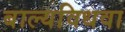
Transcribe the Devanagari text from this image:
बाल्यविधवा